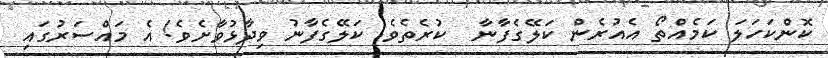
ކޮންކަހަލަ ކަމެއްތޯ އެއުރެން ކަލޭގެފާނާ  ކުރެތެވެ. ކަލޭގެފާނު ވިދާޅުވާށެވެ! އެ މައްސަރުގައި